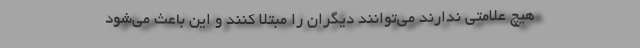
هیچ علامتی ندارند می‌توانند دیگران را مبتلا کنند و این باعث می‌شود